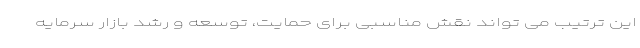
این ترتیب می تواند نقش مناسبی برای حمایت، توسعه و رشد بازار سرمایه